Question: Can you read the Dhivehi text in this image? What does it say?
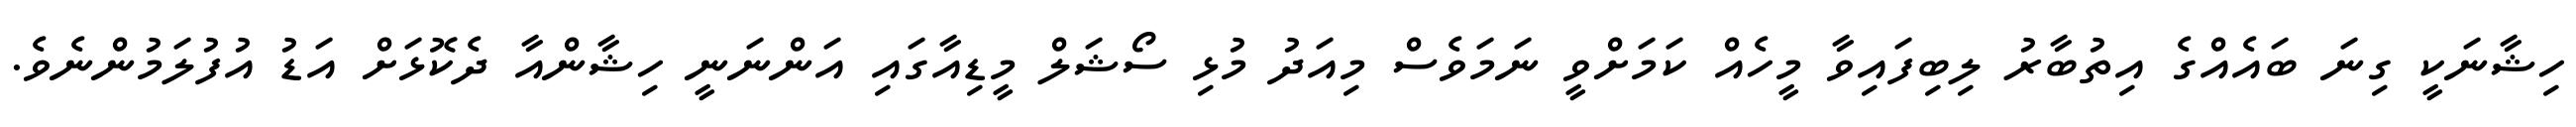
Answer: ހިޝާނަކީ ގިނަ ބައެއްގެ އިތުބާރު ލިބިފައިވާ މީހެއް ކަމަށްވީ ނަމަވެސް މިއަދު މުޅި ސޯޝަލް މީޑިއާގައި އަންނަނީ ހިޝާންއާ ދެކޮޅަށް އަޑު އުފުލަމުންނެވެ.